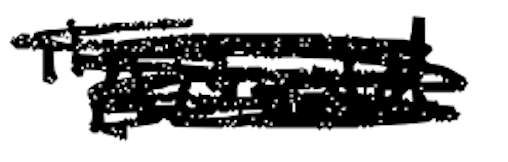
Text: "Arnold
Cross-out: scratch
Writing tool: digital_black